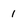
Character: 1